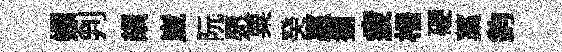
嫖判頡崴阮愿粟癸贏擺疲栅硬藁鈞